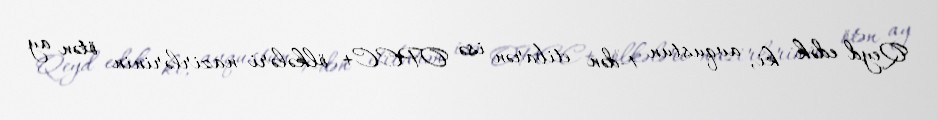
Qeyd edək ki, avqustun 1-dən etibarən isə OPEC+ ölkələri nazirlərinin ötən ay